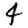
Digit: 4